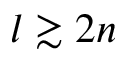
l \gtrsim 2 n